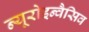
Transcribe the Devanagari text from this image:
न्यूरोइन्वैसिव